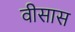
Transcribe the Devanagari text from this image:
वीसास